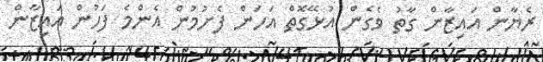
ރެޔާން އައިޒާން ގާތު ވެގެން އުޅޭގޮތް އަހަން ފެށުމުން އެންމެ ފަހުން އައިޒާން